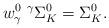
LaTeX: \begin{align*} w_\gamma^0\ {}^\gamma\Sigma_K^0=\Sigma_K^0. \end{align*}